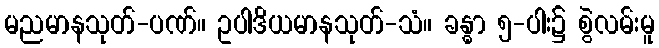
မညမာနသုတ်-ပဏ်။ ဥပါဒိယမာနသုတ်-သံ။ ခန္ဓာ ၅-ပါး၌ စွဲလမ်းမူ